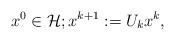
LaTeX: \begin{align*}x^{0}\in \mathcal{H};x^{k+1}:=U_{k}x^{k}, \end{align*}